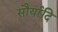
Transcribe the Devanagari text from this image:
सौर्यादि